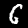
Digit: 6